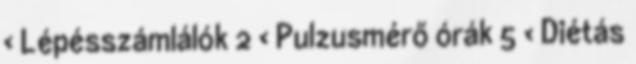
› Lépésszámlálók 2 › Pulzusmérő órák 5 › Diétás